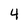
Character: 4